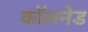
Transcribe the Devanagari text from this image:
कॉलनेड